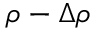
\rho - \Delta \rho